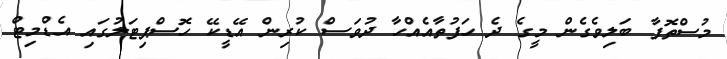
މުސްތޮފާ ބަލިވެގެން މީގެ ދެ ހަފުތާއެއްހާ ދުވަސް ކުރިން އޭޑީކޭ ހޮސްޕިޓަލުގައި އެޑްމިޓް